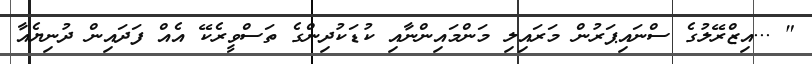
" ...އިޒްރޭލުގެ ސްނައިޕަރުން މަރައިލި މަންމައިންނާއި ކުޑަކުދިންގެ ތަސްވީރެކޭ އެއް ފަދައިން ދުނިޔެއާ